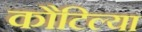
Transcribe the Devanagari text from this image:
कौटिल्या